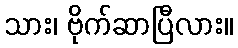
သား၊ ဗိုက်ဆာပြီလား။